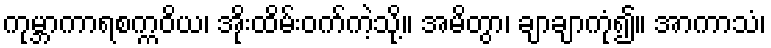
ကုမ္ဘာကာရစက္ကဝိယ၊ အိုးထိမ်းဝက်ကဲ့သို့။ အမိတွာ၊ ချာချာကုံ၍။ အာကာသံ၊